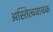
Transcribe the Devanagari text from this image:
अस्तित्ववाचक